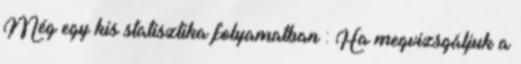
Még egy kis statisztika folyamatban : Ha megvizsgáljuk a